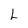
Character: L